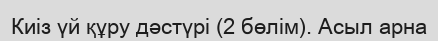
Киіз үй құру дәстүрі (2 бөлім). Асыл арна